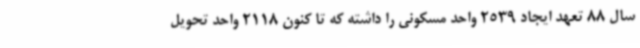
سال 88 تعهد ایجاد 2539 واحد مسکونی را داشته که تا کنون 2118 واحد تحویل